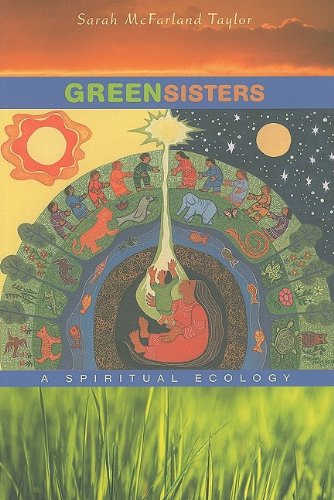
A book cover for Green Sisters: A Spiritual Ecology; Sarah McFarland Taylor; Christian Books & Bibles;